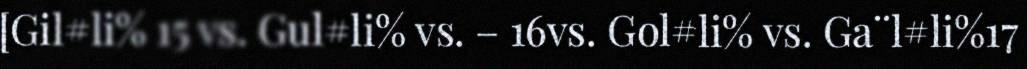
[Gil#li% 15 vs. Gul#li% vs. – 16vs. Gol#li% vs. Ga¨l#li%17